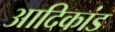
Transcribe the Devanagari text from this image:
आदिकांड